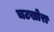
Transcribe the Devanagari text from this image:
चटखोरा